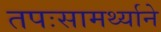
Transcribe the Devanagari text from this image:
तपःसामर्थ्याने